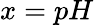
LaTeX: x=pH